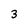
Character: 3